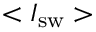
< I _ { \mathrm { s w } } >